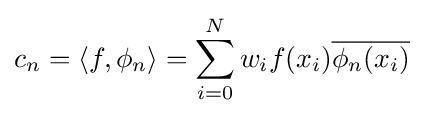
c_{n}=\langle f,\phi _{n}\rangle =\sum _{i=0}^{N}w_{i}f(x_{i}){\overline {\phi _{n}(x_{i})}}